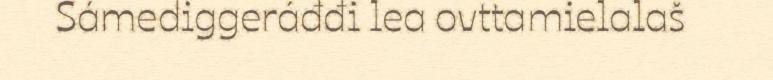
Sámediggeráđđi lea ovttamielalaš